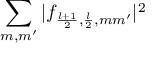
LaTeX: \sum _ { m , m ^ { \prime } } | f _ { \frac { l + 1 } { 2 } , \frac { l } { 2 } , m m ^ { \prime } } | ^ { 2 }